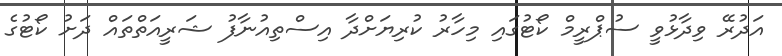
އަދުރޭ ވިދާޅުވީ ސުޕްރީމް ކޯޓުގައި މިހާރު ކުރިޔަށްދާ އިސްތިއުނާފު ޝަރީއަތްތައް ދަށު ކޯޓުގެ